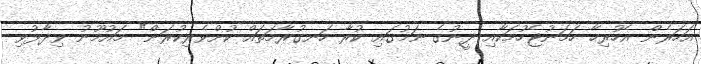
އަހަރެން އެހުރިހާ ހަމަނުޖެހުމަކާއި ދީނުގެ ނަމުގައި ކުރާ ހަނގުރާމަތައް ކުށްވެރިކުރަން" މައުމޫނު ވިދާޅުވި